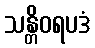
သန္တိဝရပဒံ